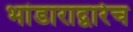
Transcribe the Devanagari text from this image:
भांडाराद्वारेच